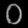
Digit: ၀